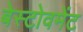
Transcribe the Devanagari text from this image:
बेस्टोवमेंट